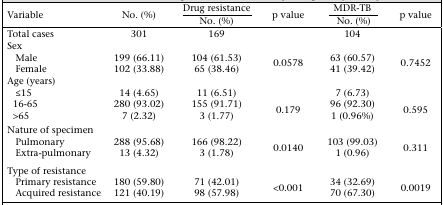
| <ROWSPAN=2> Variable | <ROWSPAN=2> No. (%) | Drug resistance | <ROWSPAN=2> p value | MDR-TB | <ROWSPAN=2> p value |
 | No. (%) | No. (%) |
 | --- | --- | --- | --- | --- | --- |
 | Total cases | 301 | 169 |  | 104 |  |
 | <COLSPAN=6> Sex |
 | Male | 199 (66.11) | 104 (61.53) | <ROWSPAN=2> 0.0578 | 63 (60.57) | <ROWSPAN=2> 0.7452 |
 | Female | 102 (33.88) | 65 (38.46) | 41 (39.42) |
 | <COLSPAN=6> Age (years) |
 | ≤15 | 14 (4.65) | 11 (6.51) | <ROWSPAN=3> 0.179 | 7 (6.73) | <ROWSPAN=3> 0.595 |
 | 16-65 | 280 (93.02) | 155 (91.71) | 96 (92.30) |
 | >65 | 7 (2.32) | 3 (1.77) | 1 (0.96%) |
 | <COLSPAN=6> Nature of specimen |
 | Pulmonary | 288 (95.68) | 166 (98.22) | <ROWSPAN=2> 0.0140 | 103 (99.03) | <ROWSPAN=2> 0.311 |
 | Extra-pulmonary | 13 (4.32) | 3 (1.78) | 1 (0.96) |
 | <COLSPAN=6> Type of resistance |
 | Primary resistance | 180 (59.80) | 71 (42.01) | <ROWSPAN=2> <0.001 | 34 (32.69) | <ROWSPAN=2> 0.0019 |
 | Acquired resistance | 121 (40.19) | 98 (57.98) | 70 (67.30) |